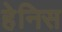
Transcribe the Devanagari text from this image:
हेनिस